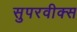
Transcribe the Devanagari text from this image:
सुपरवीक्स